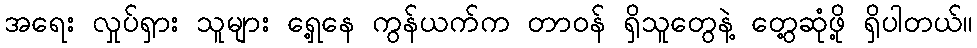
အရေး လှုပ်ရှား သူများ ရှေ့နေ ကွန်ယက်က တာဝန် ရှိသူတွေနဲ့ တွေ့ဆုံဖို့ ရှိပါတယ်။